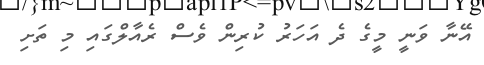
އޭނާ ވަނީ މީގެ ދެ އަހަރު ކުރިން ވެސް ރެއާލްގައި މި ތަށި